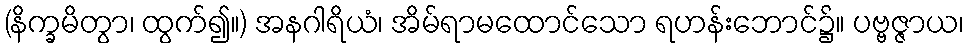
(နိက္ခမိတွာ၊ ထွက်၍။) အနဂါရိယံ၊ အိမ်ရာမထောင်သော ရဟန်းဘောင်၌။ ပဗ္ဗဇ္ဇာယ၊